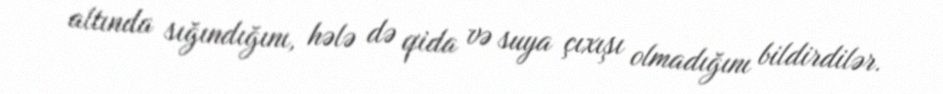
altında sığındığını, hələ də qida və suya çıxışı olmadığını bildirdilər.